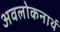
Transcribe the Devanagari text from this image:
अवलोकनार्थ